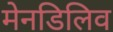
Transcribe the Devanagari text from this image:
मेनडिलिव